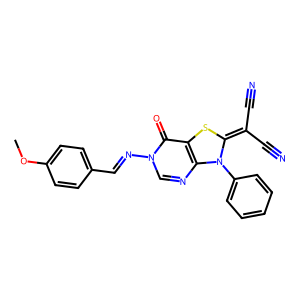
SMILES: COc1ccc(C=Nn2cnc3c(c2=O)SC(=C(C#N)C#N)N3c2ccccc2)cc1
Inhibits HIV replication: No